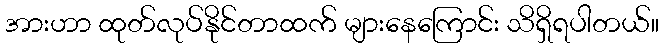
အားဟာ ထုတ်လုပ်နိုင်တာထက် များနေကြောင်း သိရှိရပါတယ်။